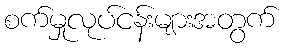
စက်မှုလုပ်ငန်းများအတွက်